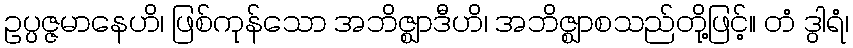
ဥပ္ပဇ္ဇမာနေဟိ၊ ဖြစ်ကုန်သော အဘိဇ္ဈာဒီဟိ၊ အဘိဇ္ဈာစသည်တို့ဖြင့်။ တံ ဒွါရံ၊